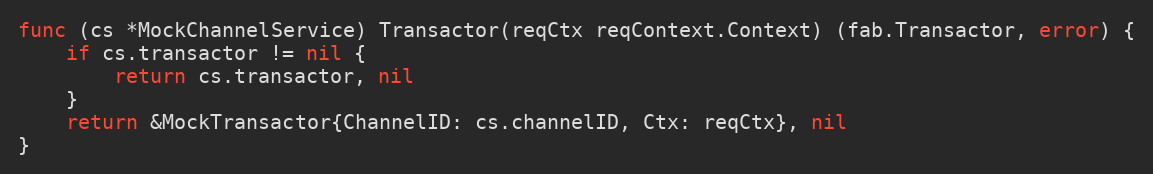
Language: Go
func (cs *MockChannelService) Transactor(reqCtx reqContext.Context) (fab.Transactor, error) {
	if cs.transactor != nil {
		return cs.transactor, nil
	}
	return &MockTransactor{ChannelID: cs.channelID, Ctx: reqCtx}, nil
}